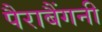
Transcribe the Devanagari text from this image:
पैराबैंगनी